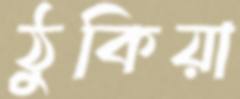
ঠুকিয়া